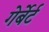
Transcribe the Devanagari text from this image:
गेर्बेर्ट